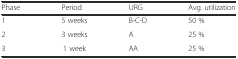
<table><thead><tr><td><b>Phase</b></td><td><b>Period</b></td><td><b>URG</b></td><td><b>Avg. utilization</b></td></tr></thead><tbody><tr><td>1</td><td>5 weeks</td><td>B-C-D</td><td>50 %</td></tr><tr><td>2</td><td>3 weeks</td><td>A</td><td>25 %</td></tr><tr><td>3</td><td>1 week</td><td>AA</td><td>25 %</td></tr></tbody></table>